Leaving Certificate Examination (including Day School Certificate (Higher) General paper), 1935
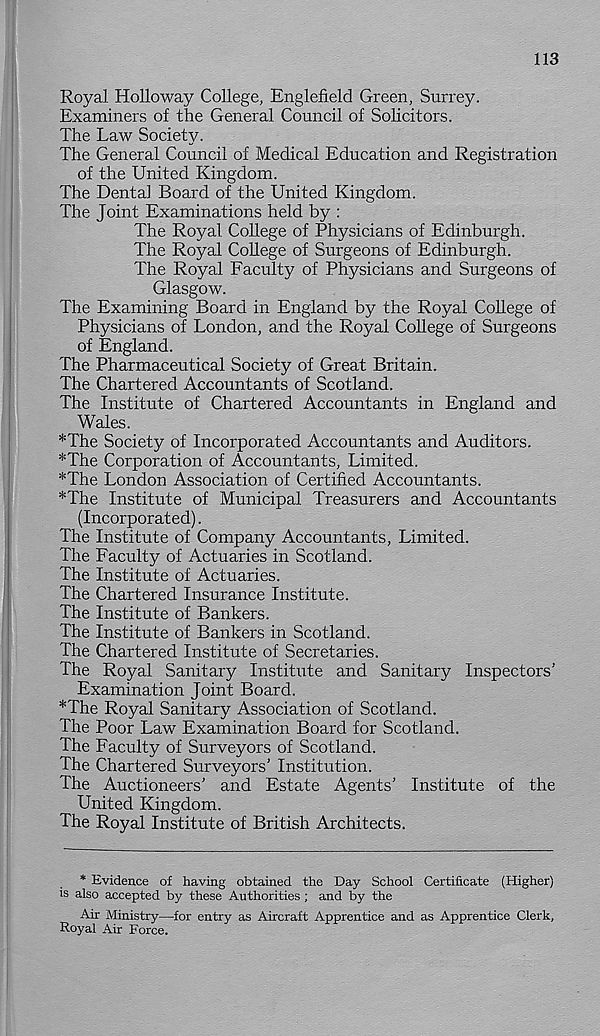
113
Royal Holloway College, Englefield Green, Surrey.
Examiners of the General Council of Solicitors.
The Law Society.
The General Council of Medical Education and Registration
of the United Kingdom.
The Dental Board of the United Kingdom.
The Joint Examinations held by :
The Royal College of Physicians of Edinburgh.
The Royal College of Surgeons of Edinburgh.
The Royal Faculty of Physicians and Surgeons of
Glasgow.
The Examining Board in England by the Royal College of
Physicians of London, and the Royal College of Surgeons
of England.
The Pharmaceutical Society of Great Britain.
The Chartered Accountants of Scotland.
The Institute of Chartered Accountants in England and
Wales.
*The Society of Incorporated Accountants and Auditors.
*The Corporation of Accountants, Limited.
*The London Association of Certified Accountants.
*The Institute of Municipal Treasurers and Accountants
(Incorporated).
The Institute of Company Accountants, Limited.
The Faculty of Actuaries in Scotland.
The Institute of Actuaries.
The Chartered Insurance Institute.
The Institute of Bankers.
The Institute of Bankers in Scotland.
The Chartered Institute of Secretaries.
The Royal Sanitary Institute and Sanitary Inspectors’
Examination Joint Board.
*The Royal Sanitary Association of Scotland.
The Poor Law Examination Board for Scotland.
The Faculty of Surveyors of Scotland.
The Chartered Surveyors’ Institution.
The Auctioneers’ and Estate Agents’ Institute of the
United Kingdom.
The Royal Institute of British Architects.
* Evidence of having obtained the Day School Certificate (Higher)
is also accepted by these Authorities ; and by the
Air Ministry—for entry as Aircraft Apprentice and as Apprentice Clerk,
Royal Air Force.